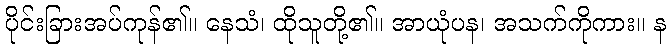
ပိုင်းခြားအပ်ကုန်၏။ နေသံ၊ ထိုသူတို့၏။ အာယုံပန၊ အသက်ကိုကား။ န